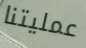
عمليتنا